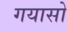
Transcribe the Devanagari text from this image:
गयासो